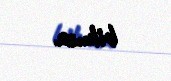
bilməz.